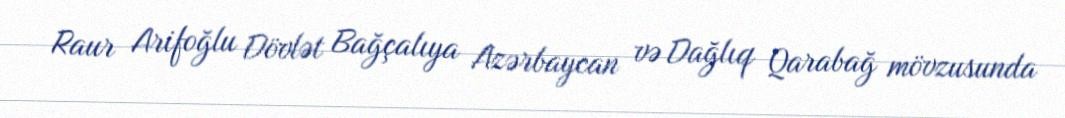
Raur Arifoğlu Dövlət Bağçalıya Azərbaycan və Dağlıq Qarabağ mövzusunda